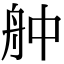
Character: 舯